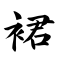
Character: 裙